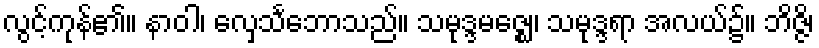
လွင့်ကုန်၏။ နာဝါ၊ လှေသင်္ဘောသည်။ သမုဒ္ဒမဇ္ဈေ၊ သမုဒ္ဒရာ အလယ်၌။ ဘိဇ္ဇိ၊